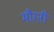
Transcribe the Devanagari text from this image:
मौरनी